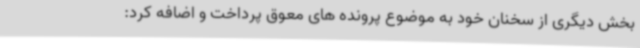
بخش دیگری از سخنان خود به موضوع پرونده های معوق پرداخت و اضافه کرد: